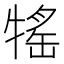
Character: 𤚭